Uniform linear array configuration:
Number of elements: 8
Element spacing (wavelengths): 0.75
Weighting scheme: binomial
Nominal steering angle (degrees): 30
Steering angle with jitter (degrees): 31.839
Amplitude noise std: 0.05
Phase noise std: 0.05

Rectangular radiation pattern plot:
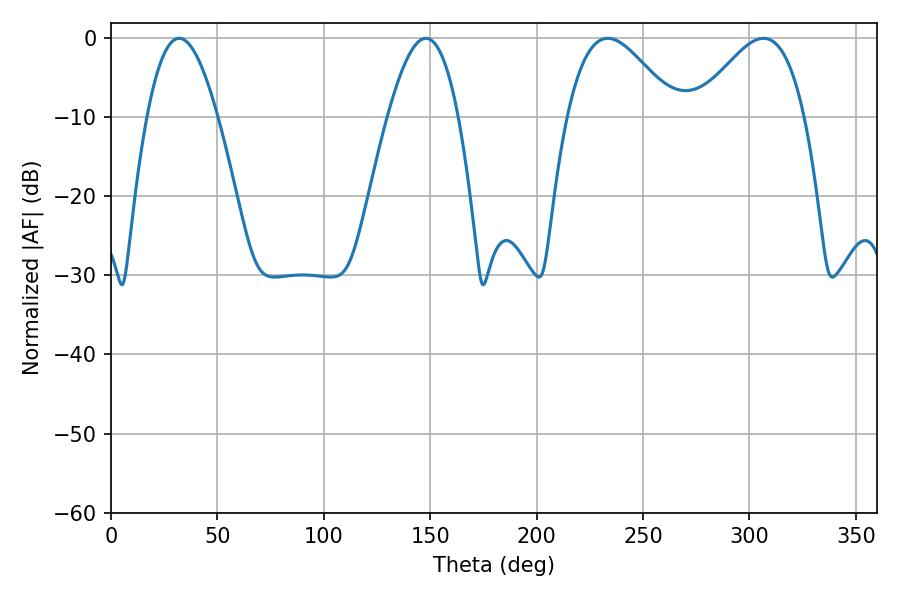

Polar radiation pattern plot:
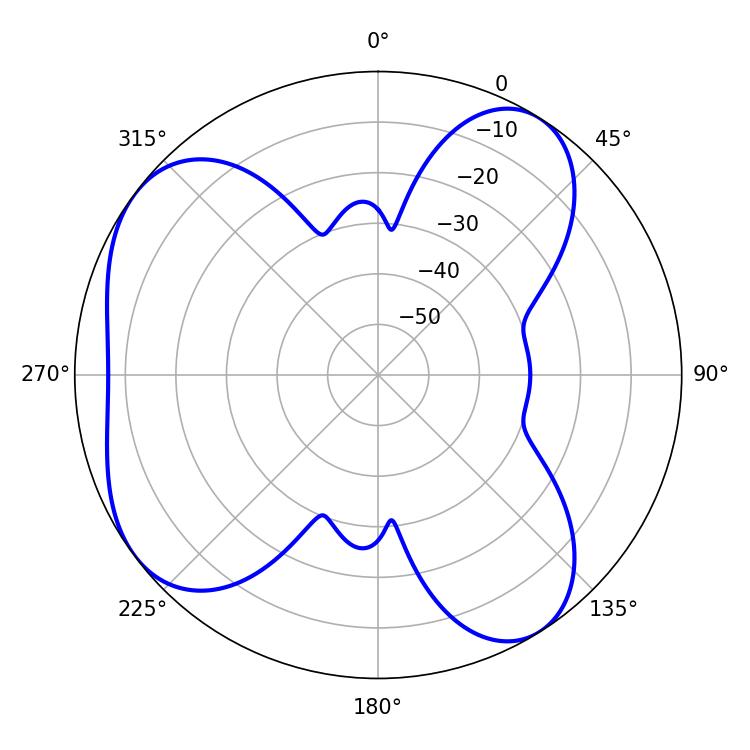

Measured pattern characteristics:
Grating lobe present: TRUE
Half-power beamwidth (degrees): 18.18
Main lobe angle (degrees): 32.04